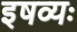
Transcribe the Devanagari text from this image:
इषव्यः